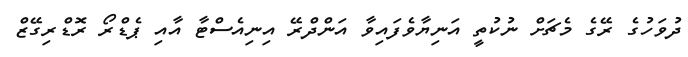
ދުވަހުގެ ރޭގެ މެޗަށް ނުކުތީ އަނިޔާވެފައިވާ އަންދްރޭ އިނިއެސްޓާ އާއި ޕެޑްރޯ ރޮޑްރިގޭޒް